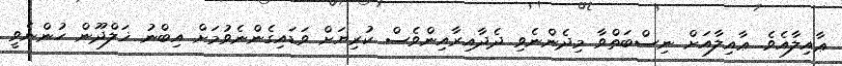
ޢާއިލާއެވެ. ޢާއިލާއަށް ނިސްބަތްވާ މިދެންނެވި ދެދާއިރާއިންވެސް ކުރިޔަށް ވަޑައިގެންނެވުމަށް އިބްނު ޚަލްދޫން ހުންނެވީ